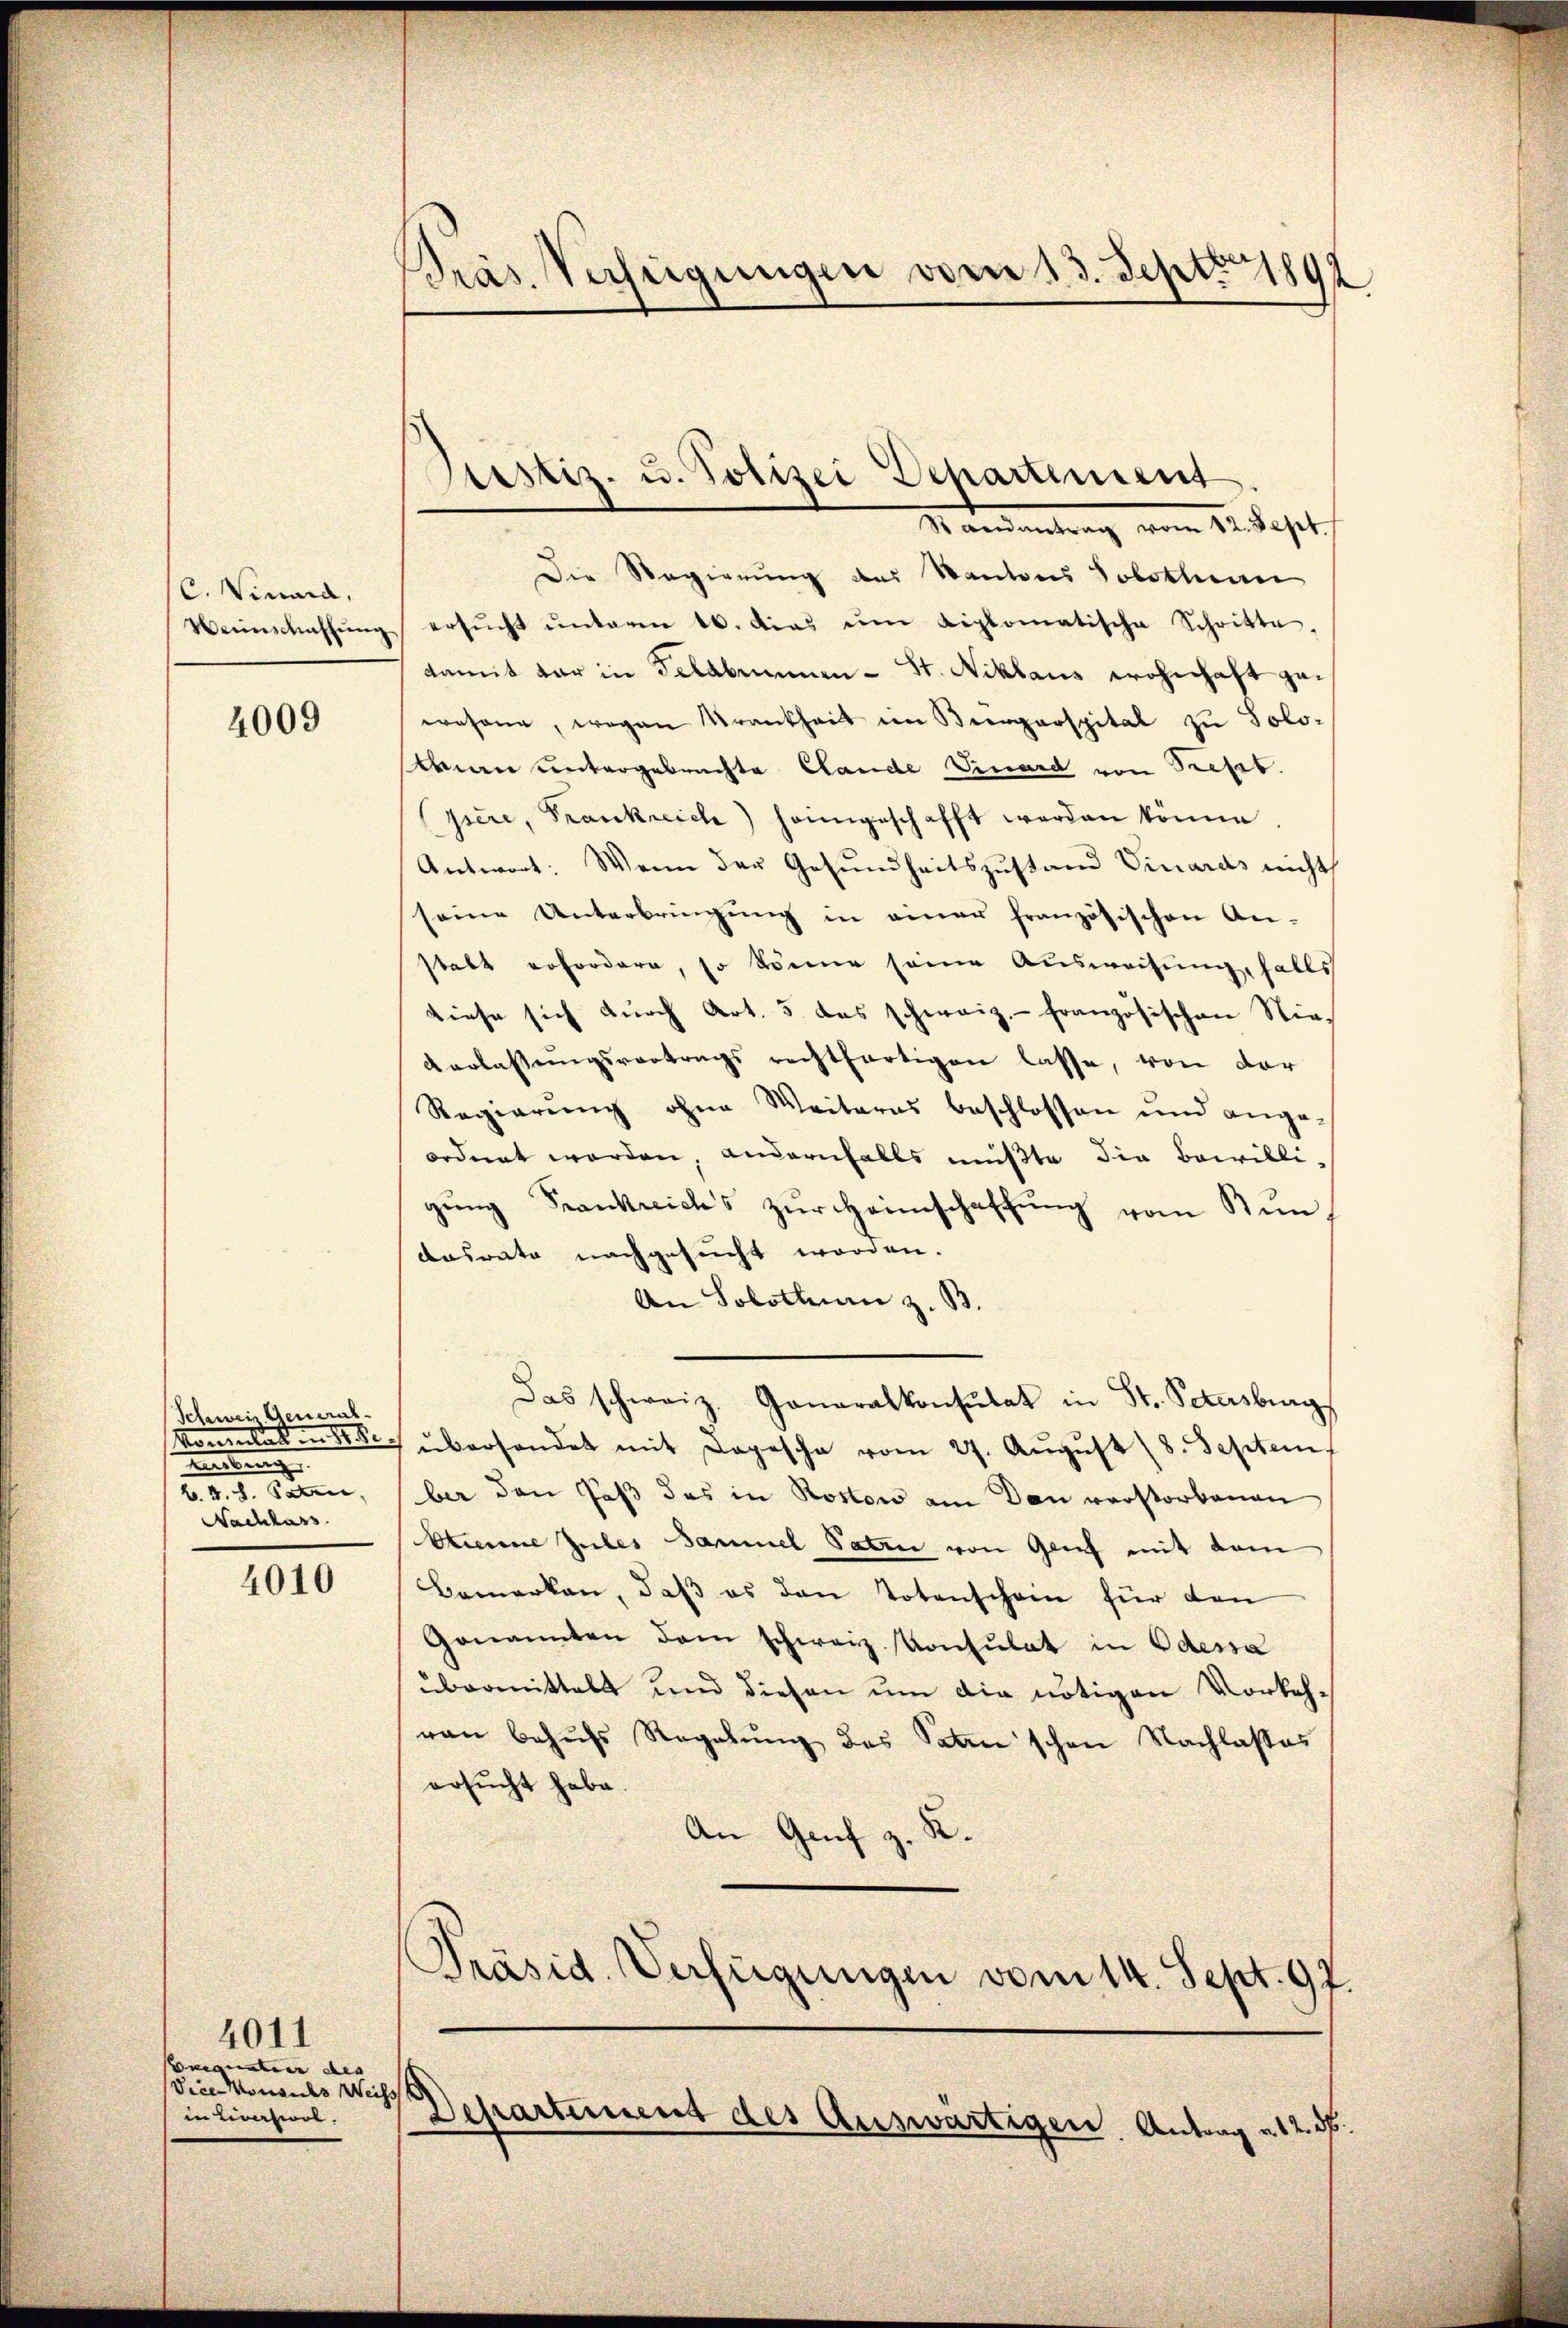
C.Vina,
Weinschaffung

4009

Schwein General-
Kommitten Mi
mitung
b. 4. S. Paten,
Nachlass

4010

4011
Cmonateur des
Vice Konsuls We
in Lieuserit.

Präs. Verfügungen vom 13. Sept. 1892

Justiz- u. Polizei Departement

Mandantrag vom 12. Jest
Die Regierung des Kantons Solothurn
ersŭcht ŭnteren 10. dies im Liplomatische Schritte,
damit dar in Gelabennen - St. Niklaus wohnhaft gewesene, wegen Krankheit im Vierparspital zu Solo-
anen untergebrachte Cande Vuard von Prefel
pere, Frankreich heimgeschafft werden könne.
Antwort: Wenn der Gesundheitszustand Vinards nicht
seine Unterbringŭng in einer französischen An-
stalt erfordern, so könne seine Ausweisung, falls
diese sich durch Art. 5 das schweiz.- französischen Nie¬
Verlassungsvertrags rechtfertigen lasse, von der
Regierŭng ohne Weiteres beschlossen und ange-
ordnet werden, andernfalls müßte die Bewilli-
gŭng Frankreichs zŭr Heimschaffŭng vom Kindesrate nachgesucht worden.
An Solothum z. B.
Das schweiz. Generalkonsulat in St. Petersburg
überhandet mit Depesche vom 27. Aŭgŭst 8. Septem
ber den Paß das in Rostow am Don verstorbenen
Etienne Zubes Sammel Paten von Glief mit dem
Bemerken, daβ es den Totenscham für den
Genannten dem schweiz. Konsulat in Odessa
übermittelt und diesen um die nötigen Vorkehvon behŭfs Regelŭng des Paten'schen Nachlasses
ersucht habe.
An Genf z. R.
Präsid. Verfügungen vom 14. Sept. 97
Departement des Auswärtigen, Antrag a 12. ds

h.